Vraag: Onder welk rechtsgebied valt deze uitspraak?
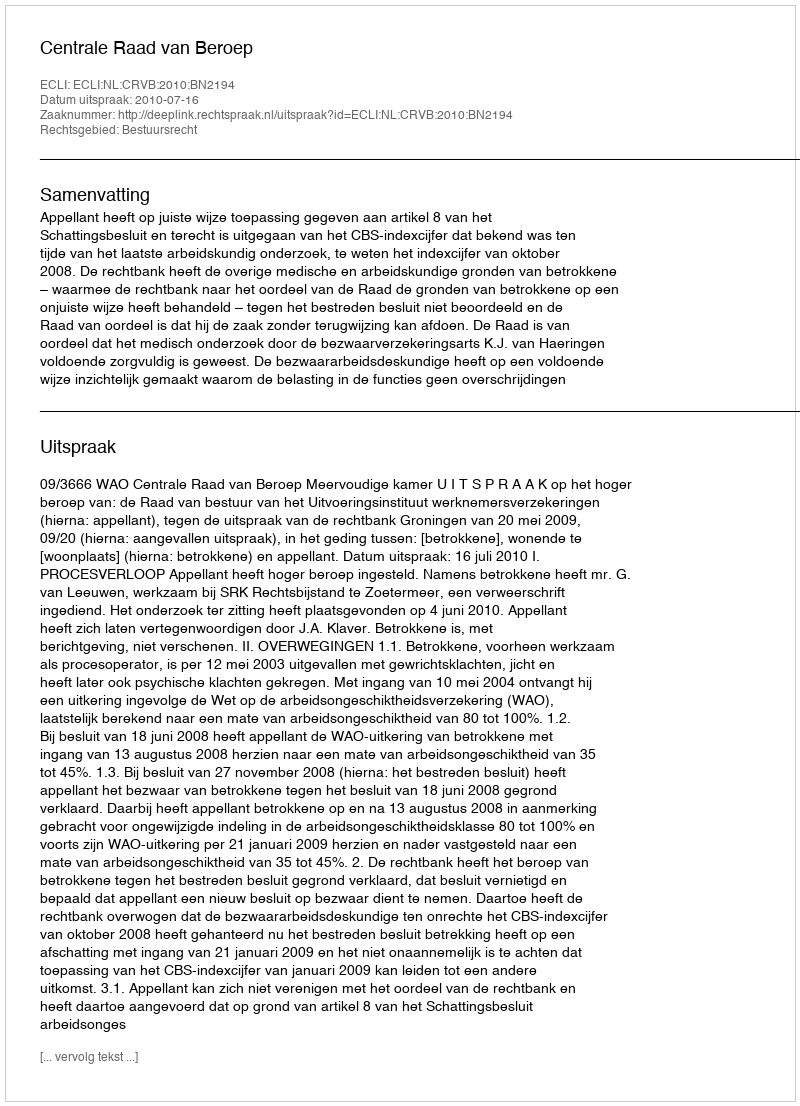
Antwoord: Bestuursrecht